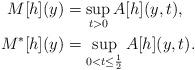
LaTeX: \begin{align*}M[h](y) &= \sup_{t>0} A[h](y,t), \\M^*[h](y) &= \sup_{0<t\le \frac{1}{2}} A[h](y,t).\end{align*}